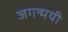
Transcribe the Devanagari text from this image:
जगन्मयी